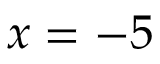
x = - 5